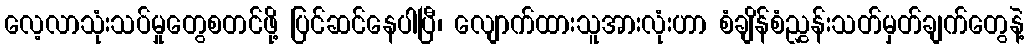
လေ့လာသုံးသပ်မှုတွေစတင်ဖို့ ပြင်ဆင်နေပါပြီ၊ လျောက်ထားသူအားလုံးဟာ စံချိန်စံညွှန်းသတ်မှတ်ချက်တွေနဲ့